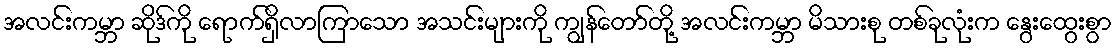
အလင်းကမ္ဘာ ဆိုဒ်ကို ရောက်ရှိလာကြာသော အသင်းများကို ကျွန်တော်တို့ အလင်းကမ္ဘာ မိသားစု တစ်ခုလုံးက နွေးထွေးစွာ